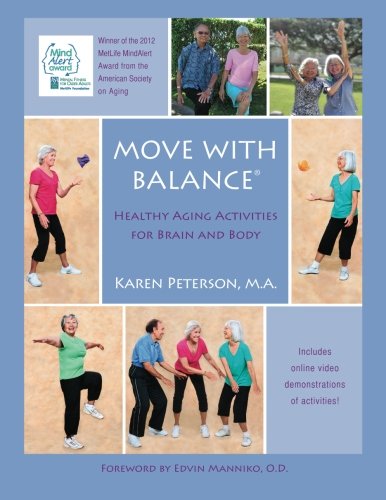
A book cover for Move With Balance: Healthy Aging Activities for Brain and Body; Karen Anne Peterson MA; Health, Fitness & Dieting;